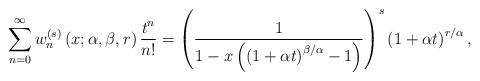
LaTeX: \begin{align*}\sum_{n=0}^{\infty}w_{n}^{\left( s\right) }\left( x;\alpha,\beta,r\right)\frac{t^{n}}{n!}=\left( \frac{1}{1-x\left( \left( 1+\alpha t\right)^{\beta/\alpha}-1\right) }\right) ^{s}\left( 1+\alpha t\right) ^{r/\alpha}, \end{align*}